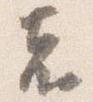
者